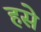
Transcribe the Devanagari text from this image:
हसे